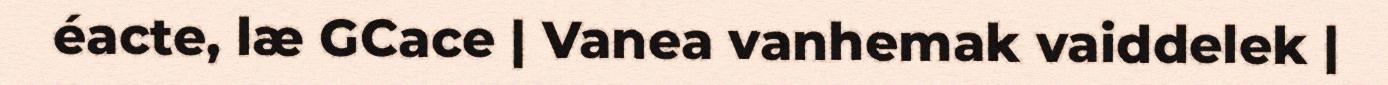
éacte, læ GCace | Vanea vanhemak vaiddelek |